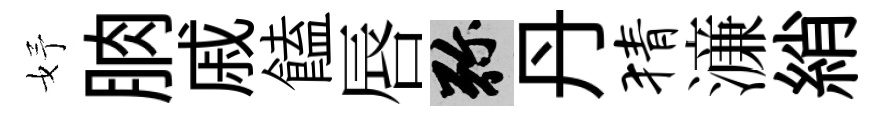
妤朒戚饁唇弥丹猜濓綃